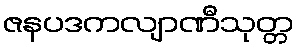
ဇနပဒကလျာဏီသုတ္တ